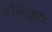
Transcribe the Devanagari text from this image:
दनियाए